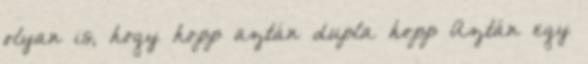
olyan is, hogy hopp aztán dupla hopp Aztán egy